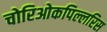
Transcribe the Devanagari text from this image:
चोरिओकपिल्लरिस